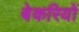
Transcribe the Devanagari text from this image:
बेकरियों